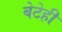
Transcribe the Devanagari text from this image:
बेटेही